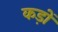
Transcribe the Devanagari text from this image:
कड़ों